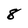
Character: 8